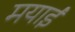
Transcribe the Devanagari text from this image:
मयाई